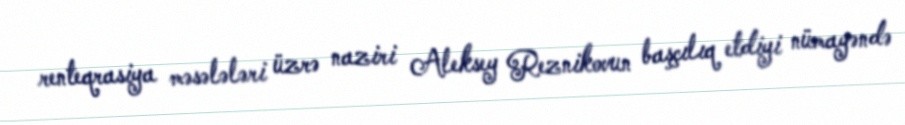
renteqrasiya məsələləri üzrə naziri Aleksey Reznikovun başçılıq etdiyi nümayəndə